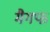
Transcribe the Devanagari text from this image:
मैगफ